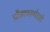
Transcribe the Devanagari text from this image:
प्रौढावस्थेतही